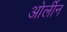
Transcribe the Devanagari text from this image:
ओर्लीन